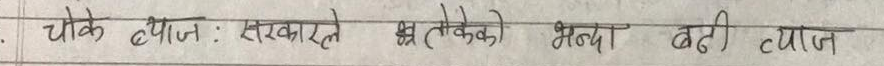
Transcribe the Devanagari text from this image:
चोके ब्याजः सरकारले झिकेको भन्दा बढी ब्याज